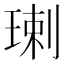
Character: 㻝